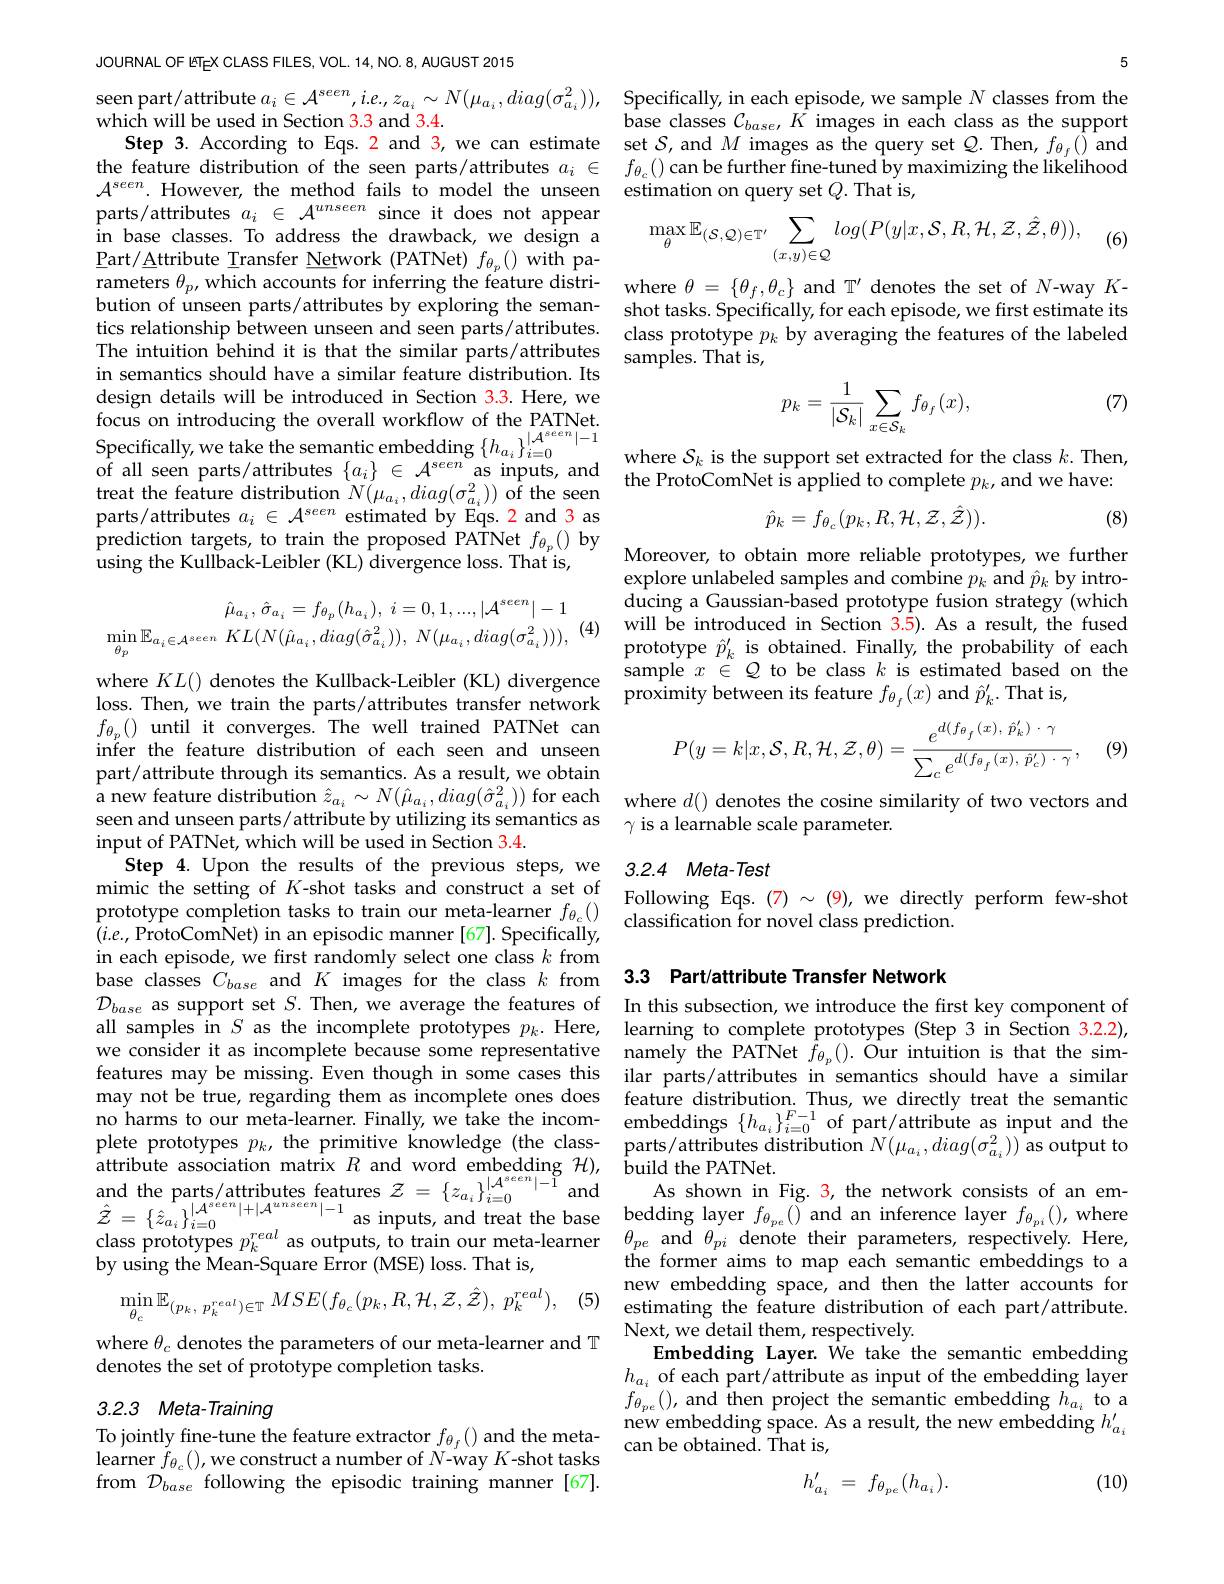
JOURNAL OF ETEX CLASS FILES, VOL. 14, NO. 8, AUGUST 2015

in base classes. To address Part/Attribute Transfer Netw The intuition behind it is that the similar parts/attributes in semantics should have a s design details will be introduced in Section 3.3. Here, we focus on introducing the ove Specifically,we take the semantic embedding $\{h_{a_i}\}_{i=0}^{|\mathcal{A}^{eeen}|-1}$ where $S_k$ is the support set extracted for the class $k.$ Then,of all seen parts/attributes $\{a_i\}\in\mathcal{A}^{seeen}$ as inputs, and the ProtoComNet is applied to complete $p_k$
treat the feature distri
prediction targets, to train
$$\hat{\mu}_{a_{i}},\:\hat{\sigma}_{a_{i}}=f_{\theta_{p}}(h_{a_{i}}),\:i=0,1,...,|\mathcal{A}^{seen}|-1\\\operatorname*{min}_{\theta_{p}}\mathbb{E}_{a_{i}\in\mathcal{A}^{seen}}\:KL(N(\hat{\mu}_{a_{i}},diag(\hat{\sigma}_{a_{i}}^{2})),\:N(\mu_{a_{i}},diag(\sigma_{a_{i}}^{2}))),$$
(4)

$\begin{array}{lll}f_{\theta_p}()&\text{until it c}\end{array}$ part/attribute through its semantics. As a result, we obtain input of PATNet, which will be used in Section 3.4.
$(i.e.$,ProtoComNet) in an episodic manner [67]. Specifically, in each episode, we first randomly select one class $k$ from base classes $C_{base}$ and $K$ images for the class $k$ from 3.3 Part/attribute Transfer Network
$\mathcal{D}_{base}$ as support set $S.$ Then, we average the features of In this subsection, we introduce the first key component of all samples in $S$ as the incomplete prototypes $p_k.$ Here, learning to complete prototypes (Step 3 in Section 3.2.2), we consider it as incomplete because some representative namely the PATNet $f_{\theta_p}().$ Our intuition is that the simfeatures may be missing.Even though in some cases this ilar parts/attributes in semantics should have a similar may not be true, regarding them as incomplete ones does
no harms to our meta-learner. Finally, we take the incom- embeddings $\{h_{a_i}\}_{i=0}^{F-1}$ of part/attribute as input and the plete prototypes $p_k$, the primitive knowledge and the parts/attributes features $\mathcal{Z}=\{z_{a_i}\}_{i=0}^{|\mathcal{A}^{seen}|-1}$and
$\hat{\mathcal{Z}}=\{\hat{z}_{a_{i}}\}|_{i=0}^{|A^{seen}|+|A}$
by using the Mean-Square Error (MSE) loss. That is,
(5)
$$\min_{\theta_{c}}\mathbb{E}_{(p_{k},\:p_{k}^{real})\in\mathbb{T}}MSE(f_{\theta_{c}}(p_{k},R,\mathcal{H},\mathcal{Z},\hat{\mathcal{Z}}),\:p_{k}^{real}),$$
where $\theta_c$ denotes the parameters of our meta-learner and T
denotes the set of prototype completion tasks.

# 3.2.3 Meta-Training

To jointly fine-tune the feature extractor $f_{\theta_{f}}()$ and the metalearner $\tilde{f}_{\theta_{c}}()$,we construct a number of $N$-way $K$-shot tasks from $\mathcal{D}_{base}$ following the episodic training manner [67].

5

seen part/attribute $a_i\in \mathcal{A} ^{seen}, ie, z_{a_i}\sim N( \mu _{a_i}, diag( \sigma _{a_i}^2) ) $,Specifically, in each episode, we sample $N$ classes from thewhich will be used in Section 33 and 3.4.base classes $\mathcal{C} _{base}, K$ images in each class as the support
Step 3. According to Eqs. 2 and 3, we can estimate set $S$, and $M$ images as the query set $Q.$ Then, $f_{\theta_f}()$ and the feature distribution of the seen parts/attributes $a_i\in$ $f_{\theta _c}( )$ can be further fine-tuned by maximizing the likelihood $\mathcal{A}^{seen}.$However, the method fails to model the unseen estimation on query set $Q.$Thatis,parts/atributes $a_i\in\mathcal{A}^{unseen}$ since it does not appear $\max \mathbb{E} _{( s, o) \subset \pi ^{\prime }}\sum log( P( u| x) )$
$$\max_{\theta}\mathbb{E}_{(\mathcal{S},\mathcal{Q})\in\mathbb{T}^{\prime}}\sum_{(x,y)\in\mathcal{Q}}log(P(y|x,\mathcal{S},R,\mathcal{H},\mathcal{Z},\hat{\mathcal{Z}},\theta)),$$
(6)

rameters $\theta_p$, which accounts for inferring the feature distri- where $\theta=\{\theta_f,\theta_c\}$ and T' denotes the set of $N$-way $K$- bution of unseen parts/attributes by exploring the seman- shot tasks. Specifically, for each episode, we first estimate its tics relationship between unseen and seen parts/attributes. class prototype $p_k$ by averaging the features of the labeled
samples. That is,

(7)
$$p_{k}=\frac{1}{|\mathcal{S}_{k}|}\sum_{x\in\mathcal{S}_{k}}f_{\theta_{f}}(x),$$
the ProtoComNet is applied to complete $p_k$, and we have:
$$\hat{p}_{k}=f_{\theta_{c}}(p_{k},R,\mathcal{H},\mathcal{Z},\hat{\mathcal{Z}})).$$
(8)

explore unlabeled samples and combine $p_k$ and $\hat{p}_k$ by introducing a Gaussian-based prototype fusion strategy (which will be introduced in Section 3.5). As a result, the fused prototype $\hat{p}_k^{\prime}$ is obtained. Finally, the probability of each
$\begin{array}{lll}\mathrm{where~}KL()\text{ denotes the Kullback-Leibler (KL) divergence}&\text{sample }x\in Q\text{ to be class }k\text{ is estimated based on the}\\\mathrm{loss.~Then,~we~train~the~parts/atributes~transfer~network}&\text{proximity between its feature }f_{\theta_{f}}(x)\mathrm{~and~}\hat{p}_{k}^{\prime}.\mathrm{~That}\end{array}$

(9)
$$P(y=k|x,\mathcal{S},R,\mathcal{H},\mathcal{Z},\theta)=\frac{e^{d(f_{\theta_f}(x),\:\hat{p}_k^{\prime})\:\cdot\:\gamma}}{\sum_{c}e^{d(f_{\theta_f}(x),\:\hat{p}_c^{\prime})\:\cdot\:\gamma}},$$
a new feature distribution $\hat{z}_{a_i}\sim N(\hat{\mu}_{a_i},diag(\hat{\sigma}_{a_i}^2))$ for each where $d()$ denotes the cosine similarity of two vectors and
seen and unseen parts/ attribute by utilizing its semantics as $\gamma$ is a learnable scale parameter.

# Step 4. Upon the results of the previous steps, we 3.2.4 Meta-Test $\begin{array}{llll}\mathrm{mimic~the~setting~of~}K\text{-shot tasks and construct a set of}&\mathrm{Following~Eqs.~(7)\sim~(9),~we~directly~perform~few-shot}\\\mathrm{protottype~completion~tasks~to~train~our~meta-learner~}f_{\theta_{c}}()&\mathrm{classification~for~novel~class~prediction.}\end{array}$

feature distribution. Thus, we directly treat the semantic
As shown in Fig. 3, the netw the former aims to map each semantic embeddings to a new embedding space, and the estimating the feature distribution of each part/attribute. Next, we detail them, respec
Embedding Layer. We take the semantic embedding $h_{a_i}$ of each part/attri $f_{\theta_{pe}}()$, and then project the semantic embedding $h_a_i$ to a new embedding space. As a re can be obtained. That is,

(10)
$$h_{a_i}'\:=\:f_{\theta_{pe}}(h_{a_i}).$$